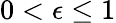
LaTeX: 0<\epsilon\leq 1